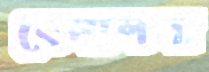
বেলালদা